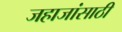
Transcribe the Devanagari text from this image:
जहाजांसाठी